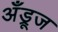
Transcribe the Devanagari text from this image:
अँड्रूज